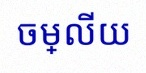
ចម្លើយ